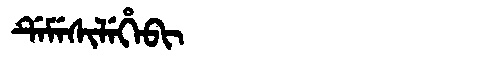
Manchu: ᡩᡝᠮᡝᠰᡳᠯᡝᡥᡝᠪᡳ
Romanization: DEMESILEHEBI